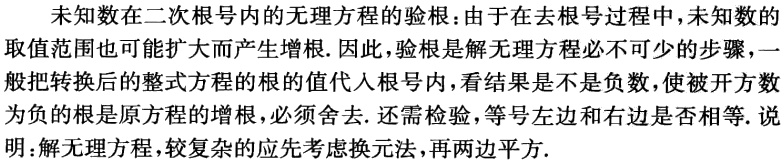
未知数在二次根号内的无理方程的验根：由于在去根号过程中，未知数的取值范围也可能扩大而产生增根. 因此，验根是解无理方程必不可少的步骤，一般把转换后的整式方程的根的值代入根号内，看结果是不是负数，使被开方数为负的根是原方程的增根，必须舍去. 还需检验，等号左边和右边是否相等. 说明：解无理方程，较复杂的应先考虑换元法，再两边平方.